Madras plague regulations and rules for the city of Madras
Disease focus: Plague
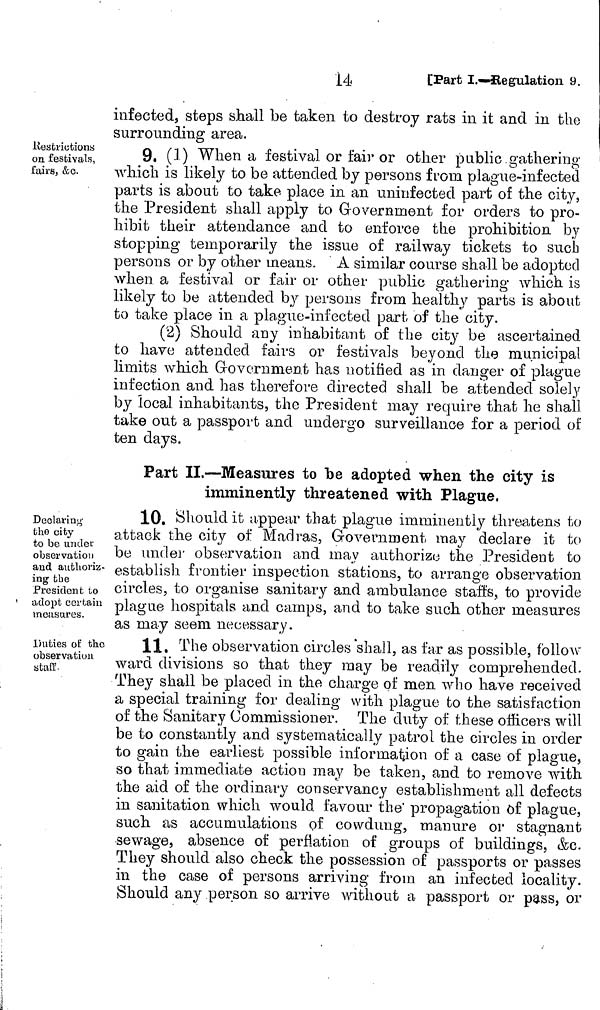
infected, steps shall be taken to destroy rats in it and in the
surrounding area.
Restrictions
on. festivals,
fairs, &G.
9. (I) When a festival or fair or other public gathering
which is likely to be attended by persons from plague-infected
parts is about to take place in an uninfected part of the city,
the President shall apply to Government for orders to pro-
hibit their attendance and to enforce the prohibition by
stopping temporarily the issue of railway tickets to such
persons or by other means. A similar course shall be adopted
when a festival or fair or other public gathering which is
likely to be attended by persons from healthy parts is about
to take place in a plague-infected part of the city.
(2) Should any inhabitant of the city be ascertained
to have attended fairs or festivals beyond the municipal
limits which Government has notified as in danger of plague
infection and has therefore directed shall be attended solely
by local inhabitants, the President may require that he shall
take out a passport and undergo surveillance for a period of
ten days.
Part II.—Measures to be adopted when the city is
imminently threatened with Plague.
Declaring-
the city
to be under
observation
and authoriz-
ing the
President to
adopt certain
measures.
10. Should it appear that plague imminently threatens to
attack the city of Madras, Government may declare it to
be under observation and may authorize the President to
establish frontier inspection stations, to arrange observation
circles, to organise sanitary and ambulance staffs, to provide
plague hospitals and camps, and to take such other measures
as may seem necessary.
Duties of the
observation
staff.
11. The observation circles shall, as far as possible, follow
ward divisions so that they may be readily comprehended.
They shall be placed in the charge of men who have received
a special training for dealing with plague to the satisfaction
of the Sanitary Commissioner. The duty of these officers will
be to constantly and systematically patrol the circles in order
to gain the earliest possible information of a case of plague,
so that immediate action may be taken, and to remove with
the aid of the ordinary conservancy establishment all defects
in sanitation which would favour the propagation of plague,
such as accumulations of cowdung, manure or stagnant
sewage, absence of perflation of groups of buildings, &c.
They should also check the possession of passports or passes
in the case of persons arriving from an infected locality.
Should any person so arrive without a passport or pass, or